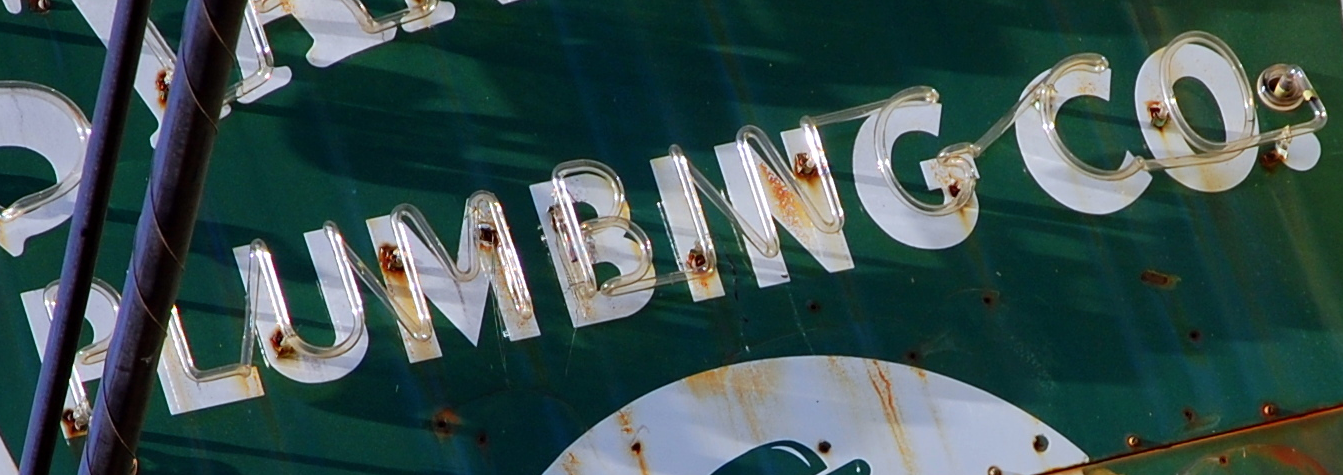
PLUMBING CO